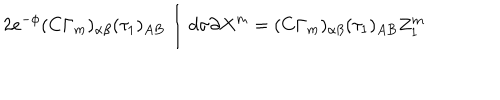
LaTeX: 2 e ^ { - \phi } ( C \Gamma _ { m } ) _ { \alpha \beta } ( \tau _ { 1 } ) _ { A B } \int d \sigma \partial X ^ { m } = ( C \Gamma _ { m } ) _ { \alpha \beta } ( \tau _ { 1 } ) _ { A B } Z _ { 1 } ^ { m }